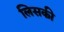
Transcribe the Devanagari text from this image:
लिसकी